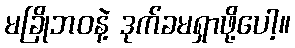
မခြိုဘဝနဲ့ ဒုက်ခမရှာဖို့ပေါ့။